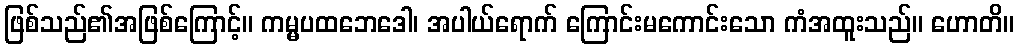
ဖြစ်သည်၏အဖြစ်ကြောင့်။ ကမ္မပထဘေဒေါ၊ အပါယ်ရောက် ကြောင်းမကောင်းသော ကံအထူးသည်။ ဟောတိ။